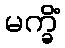
မက္ခိံ